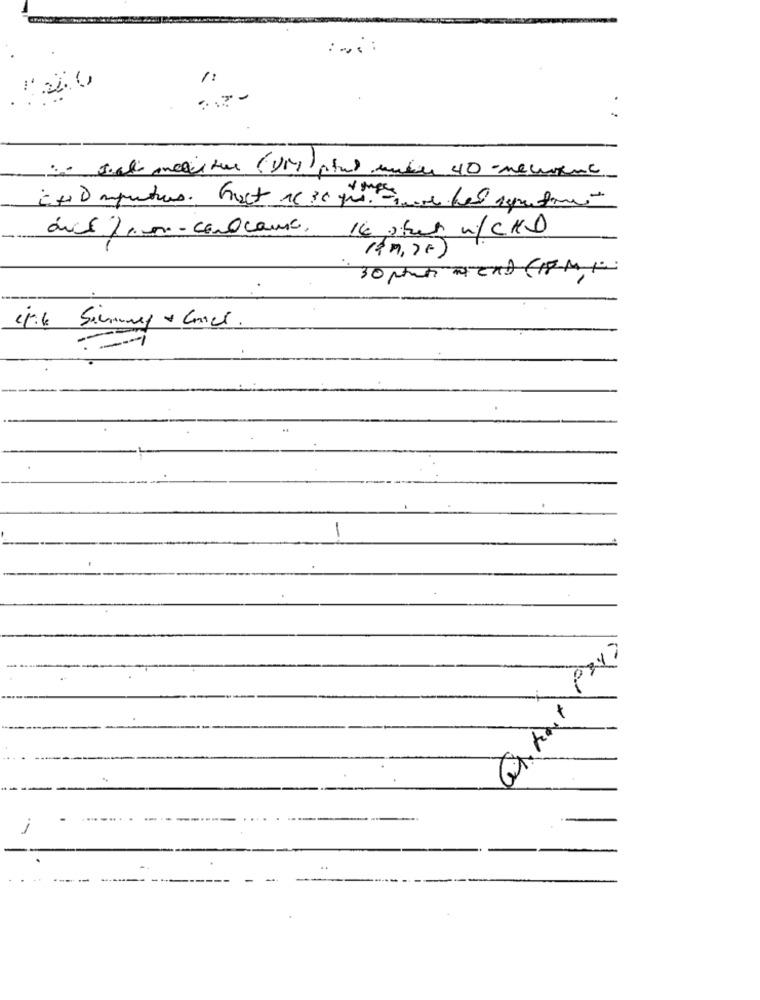
:... :
1:
duct fem- como caux.
16 stur w/CKD
-